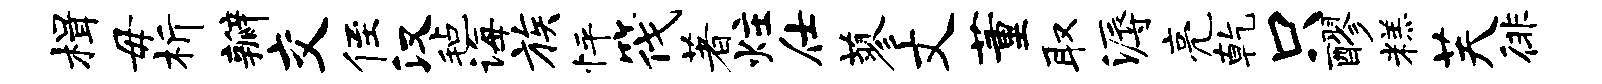
楫毋析瓣交侄汉毡诲族怦筏著炷仕蓼丈董取溽亮乾只醪糕芙徘